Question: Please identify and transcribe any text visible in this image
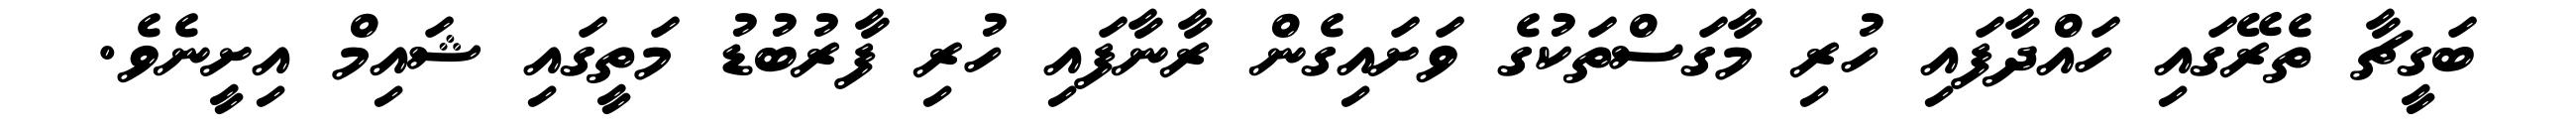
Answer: ބަގީޗާ ތެރޭގައި ހައްދާފައި ހުރި މާގަސްތަކުގެ ވަށައިގެން ރާނާފައި ހުރި ފާރުބުޑު މަތީގައި ޝައިމް އިށީނެވެ.